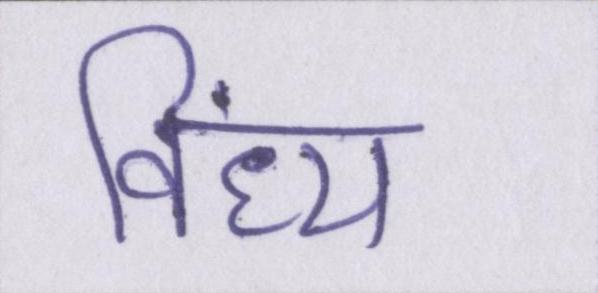
विंध्य